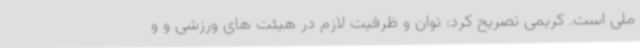
ملی است. کریمی تصریح کرد: توان و ظرفیت لازم در هیئت های ورزشی و و